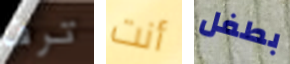
ترف أنت بطفل